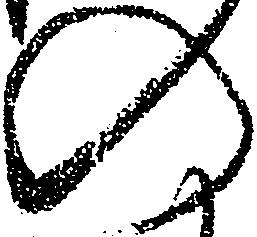
の